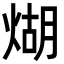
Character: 煳